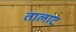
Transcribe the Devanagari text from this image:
तालाट